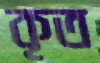
কৃত